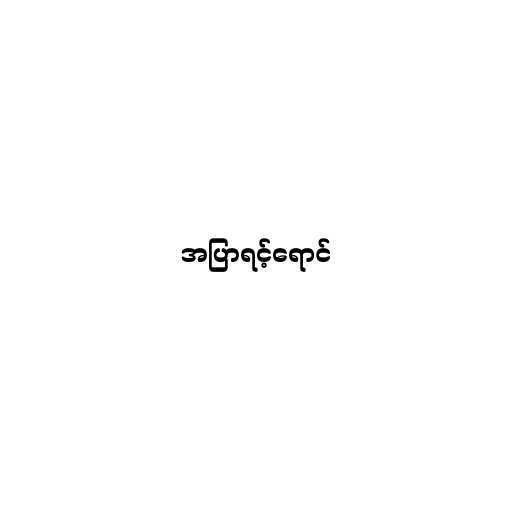
အပြာရင့်ရောင်